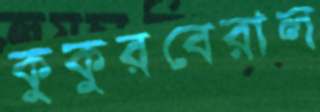
কুকুরবেরাল